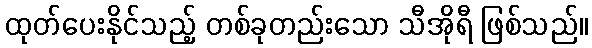
ထုတ်ပေးနိုင်သည့် တစ်ခုတည်းသော သီအိုရီ ဖြစ်သည်။